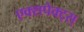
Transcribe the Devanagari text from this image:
एक्सपेक्ट्स्